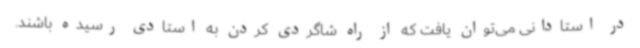
در استادانی می‌توان یافت که از راه شاگردی کردن به استادی رسیده باشند.